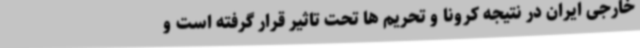
خارجی ایران در نتیجه کرونا و تحریم ها تحت تاثیر قرار گرفته است و